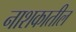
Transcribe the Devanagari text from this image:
नाशकातील